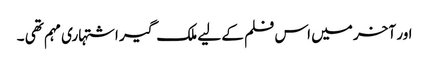
اور آخر میں اس فلم کے لیے ملک گیر اشتہاری مہم تھی ۔